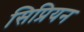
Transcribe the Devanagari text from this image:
सिप्रियन